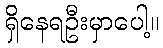
ရှိနေရဦးမှာပေါ့။